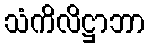
သံကိလိဋ္ဌာဘာ